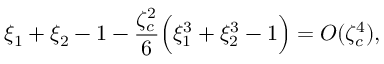
\xi _ { 1 } + \xi _ { 2 } - 1 - \frac { \zeta _ { c } ^ { 2 } } { 6 } \Big ( \xi _ { 1 } ^ { 3 } + \xi _ { 2 } ^ { 3 } - 1 \Big ) = O ( \zeta _ { c } ^ { 4 } ) ,